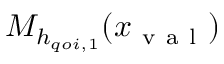
M _ { h _ { q o i , 1 } } ( x _ { \mathrm { ~ v ~ a ~ l ~ } } )